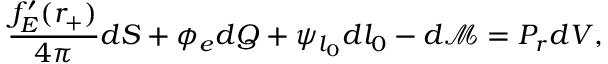
\frac { f _ { E } ^ { \prime } ( r _ { + } ) } { 4 \pi } d S + \phi _ { e } d Q + \psi _ { l _ { 0 } } d l _ { 0 } - d \mathcal { M } = P _ { r } d V ,